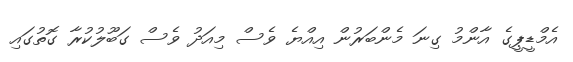
އެމްޑީޕީގެ އާންމު ގިނަ މެންބަރުން އިއްޔެ ވެސް މިއަދު ވެސް ގަބޫލުކުރާ ގޮތުގައި